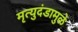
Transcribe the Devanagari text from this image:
मृत्युदंडामुळे